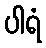
ပါရံ